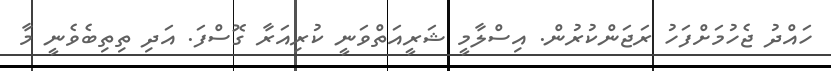
ހައްދު ޖެހުމަށްފަހު ރަޖަންކުރުން. އިސްލާމީ ޝަރީއަތްވަނީ ކުރިއަރާ ގޮސްފަ. އަދި ތިތިބެވެނީ މާ